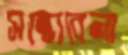
সন্ধ্যেবেলা